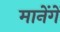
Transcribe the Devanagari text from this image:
मानेंगें